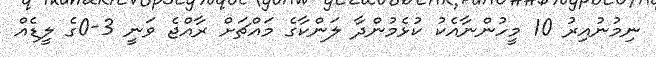
ނިމުނުއިރު 10 މީހުންނާއެކު ކުޅެމުންދާ ލަންކާގެ މައްޗަށް ރާއްޖެ ވަނީ 3-0ގެ ލީޑެއް